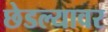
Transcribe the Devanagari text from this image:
छेडल्यावर